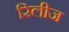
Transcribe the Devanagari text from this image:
रिलीज